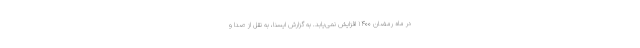
در ماه رمضان ۱۴۰۰ افزایش نمی‌یابد. به گزارش ایسنا، به نقل از صدا و